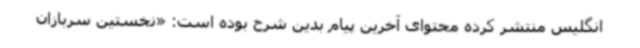
انگلیس منتشر کرده محتوای آخرین پیام بدین شرح بوده است: «نخستین سربازان